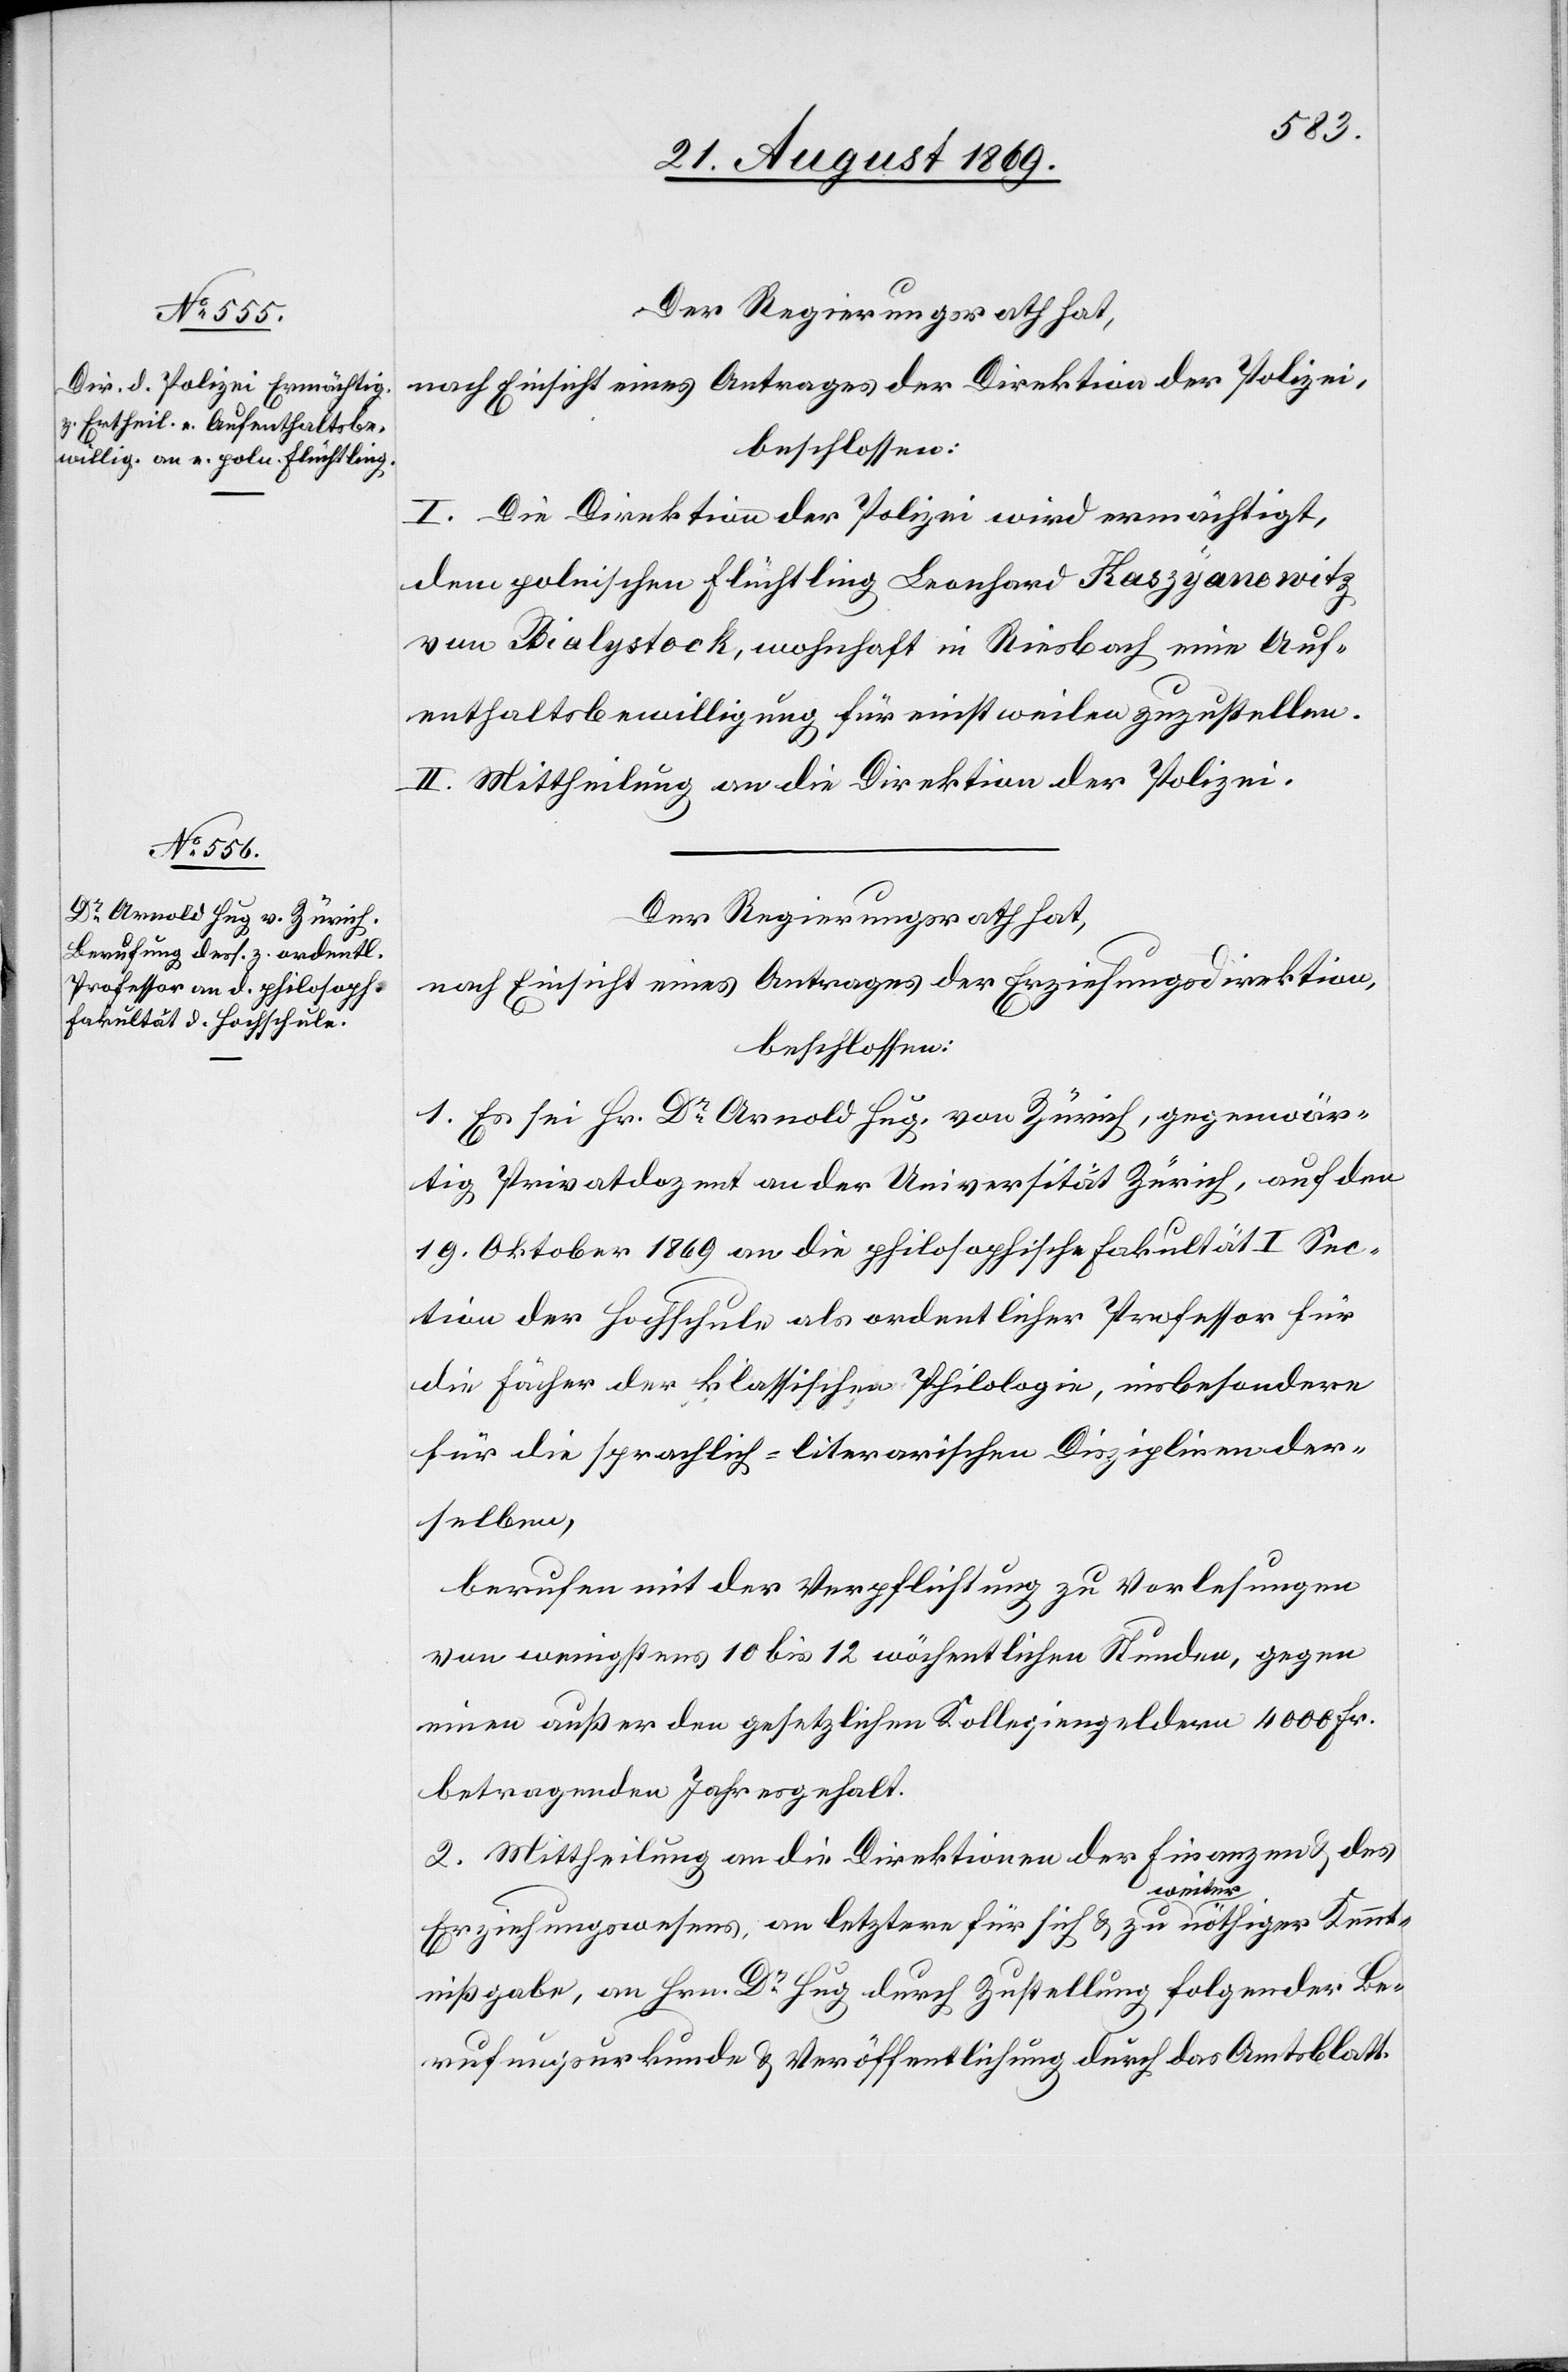
Der Regierungsrath hat,
nach Einsicht eines Antrages der Direktion der Polizei,
beschlossen:
I. Die Direktion der Polizei wird ermächtigt,
dem polnischen Flüchtling Leonhard Kaszyanowitz
von Bialystock, wohnhaft in Riesbach eine Auf¬
enthaltsbewilligung für einstweilen zuzustellen.
II. Mittheilung an die Direktion der Polizei.
Der Regierungsrath hat,
nach Einsicht eines Antrages der Erziehungsdirektion,
beschlossen:
1. Es sei Hr. Dr Arnold Hug, von Zürich, gegenwär¬
tig Privatdozent an der Universität Zürich, auf den
19. Oktober 1869 an die philosophische Fakultät I Sec¬
tion der Hochschule als ordentlicher Professor für
die Fächer der klassischen Philologie, insbesondere
für die sprachlich-literarischen Disziplinen der¬
selben,
berufen mit der Verpflichtung zu Vorlesungen
von wenigstens 10 bis 12 wöchentlichen Stunden, gegen
einen außer den gesetzlichen Kollegiengeldern 4000 Fr.
betragenden Jahresgehalt.
2. Mittheilung an die Direktion der Finanzen & des
Erziehungswesens, an letztere für sich & zu weiter nöthiger Kennt¬
nißgabe, an Hrn. Dr Hug durch Zustellung folgender Be¬
rufungsurkunde & Veröffentlichung durch das Amtsblatt.